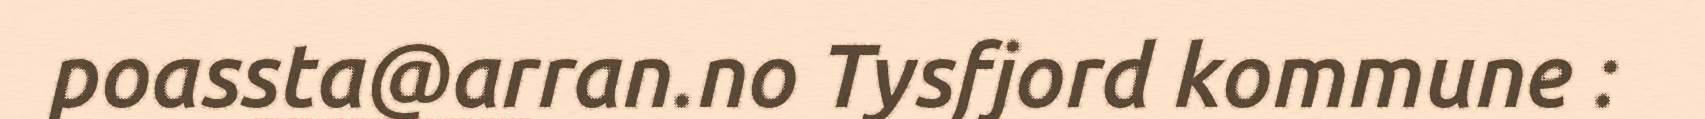
poassta@arran.no Tysfjord kommune :